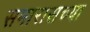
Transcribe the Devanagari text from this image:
समारासच्या